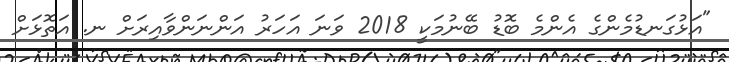
"އަޅުގަނޑުމެންގެ އެންމެ ބޮޑު ބޭނުމަކީ 2018 ވަނަ އަހަރު އަންނަންވާއިރަށް ނ. އަތޮޅަށް